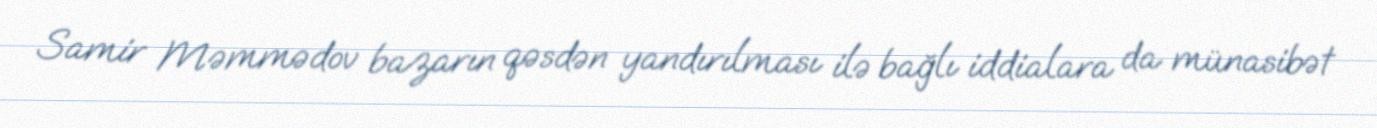
Samir Məmmədov bazarın qəsdən yandırılması ilə bağlı iddialara da münasibət